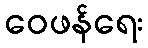
ဝေဖန်ရေး